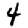
Digit: 4